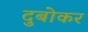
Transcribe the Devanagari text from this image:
दुबोकर